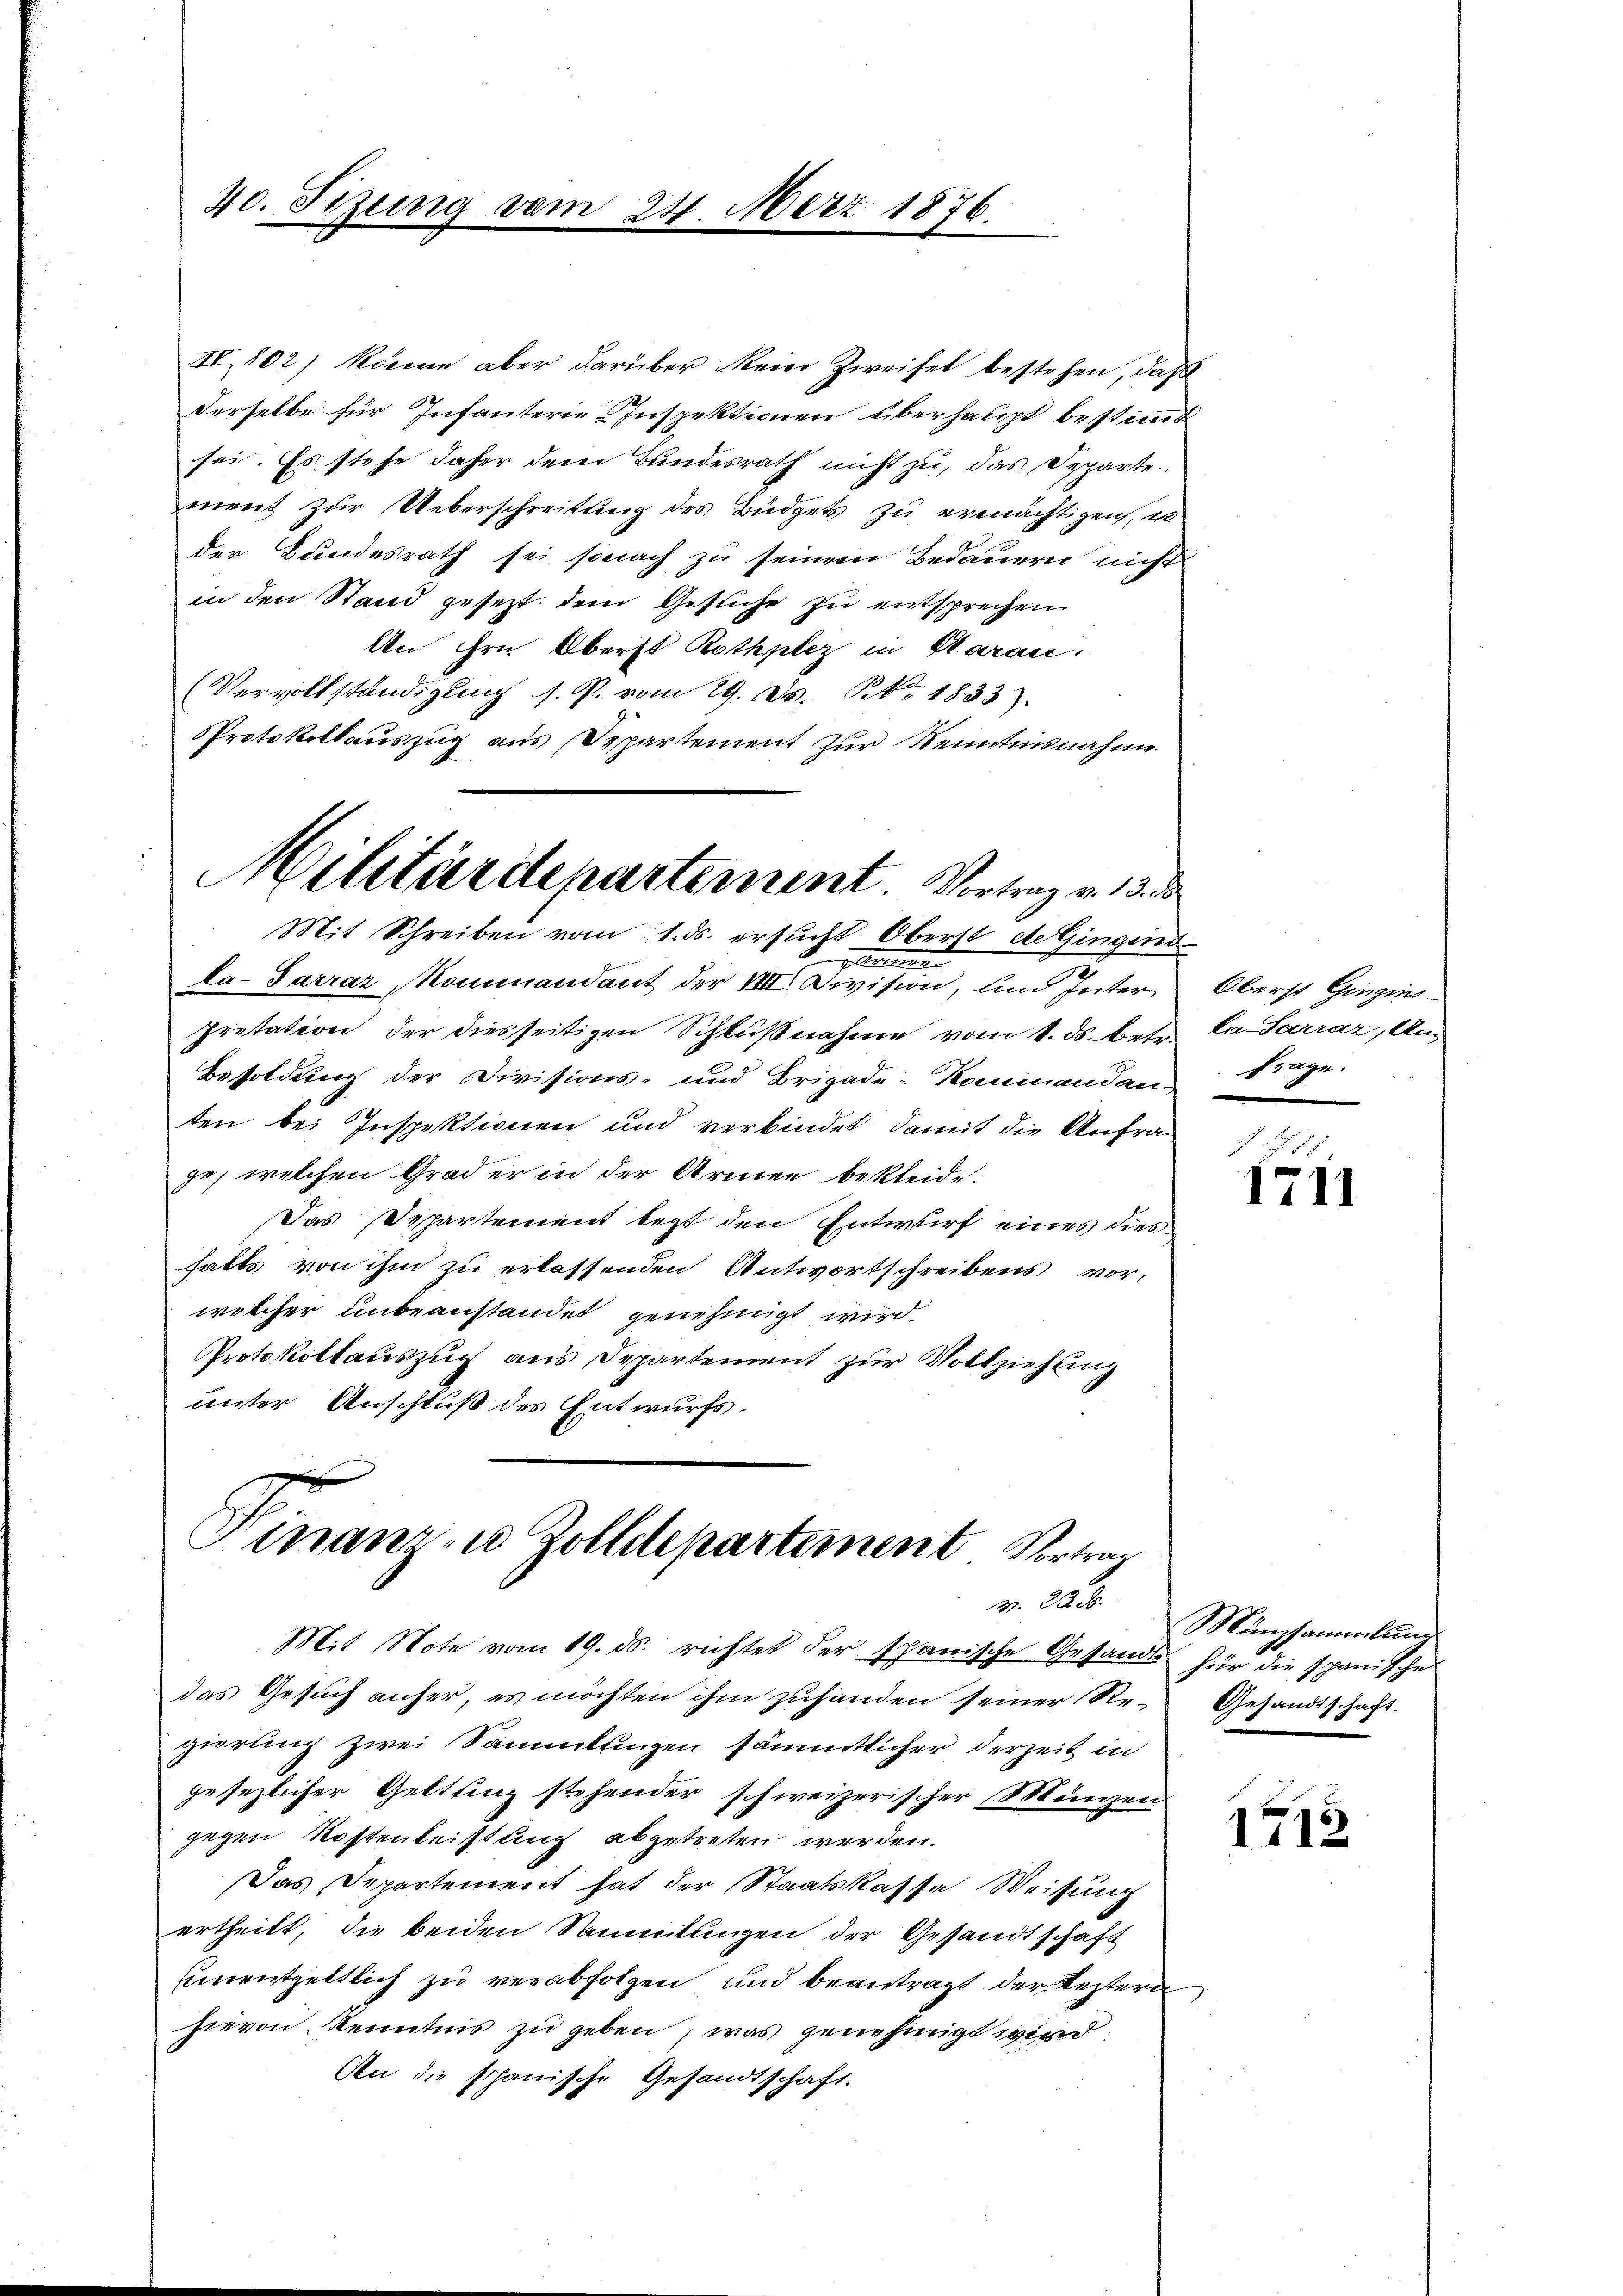
40. Sizung vom 24. März 1876.

IV,802) könne aber darüber kein Zweifel bestehen, daß
derselbe für Infanterie Inspektionen überhaupt bestimmt
sei. Es stehe daher dem Bundesrath nicht zu, das Departement zur Ueberschreitung des Büdgets zu ermächtigen, w
der Bundesrath sei sonach zu seinem Bedauern nicht
in den Stand gesezt dem Gesuche zu entsprechen
An ihre Oberst Rothplez in Garan.
Vervollständigŭng s. P. vom 29. ds. Nr. 1833).
Protokollauszug aus Departement zur Kenntnisnahme
Mit Schreiben vom 1. ds. ersucht Oberst de Gingins-
Gruene
la-Sarraz kommandant der VIII. Division, und Inter
Pretation der diesseitigen Schlußnahme vom 1. ds. betr.
Besoldung der Divisions- und Brigade-Kominandau-
ten bei Inspektionen und verbindet, damit die Anfrage; welchen Grad er in der Armen bekleide.
Das Departement legt den Entwurf eines dies
halts von ihm zu erlassenden Antwortschreibens vor,
welcher unbeanstandet genehmigt wird.
Protokollauszug aus Departement zur Vollziehung
unter Anschluß des Entwurfs.

Militärdepartement. Vortrag v. 13. d

Hinanzen Zolldepartement Vertrag
v. 220.

Mit Note vom 19. ds. richtet der schanische Gesandts für die spanische
das Gesuch anfer, es möchten ihm zuhanden seiner Re-Gesandtschaft.
gierung zwei Sammlungen sämmtlicher derzeit in
gesezlicher Geltung stehender schweizerischer Münzen
gegen Kostenleistung abgetreten werden.
Das Departement hat der Staatskassa Weisung
ertheilt, die beiden Sammlungen der Gesandtschaft
unentgeltlich zu verabfolgen und beantragt der Restern
hievon Kenntnis zu geben, was genehmigt wird
An die schanische Gesandtschaft.

Oberst Gingins
ka Sarrar, An-
frage.

J. Z. 58
1711

Münzsammlung

1712